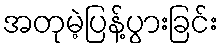
အတုမဲ့ပြန့်ပွားခြင်း